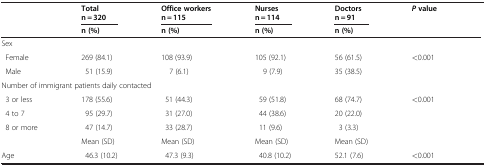
<table><thead><tr><td><b> </b></td><td><b>Total n = 320</b></td><td><b>Office workers n = 115</b></td><td><b>Nurses n = 114</b></td><td><b>Doctors n = 91</b></td><td><b><i>P</i> value</b></td></tr><tr><td><b> </b></td><td><b>n (%)</b></td><td><b>n (%)</b></td><td><b>n (%)</b></td><td><b>n (%)</b></td><td><b> </b></td></tr></thead><tbody><tr><td>Sex</td><td> </td><td> </td><td> </td><td> </td><td> </td></tr><tr><td> Female</td><td>269 (84.1)</td><td>108 (93.9)</td><td>105 (92.1)</td><td>56 (61.5)</td><td>&lt;0.001</td></tr><tr><td> Male</td><td>51 (15.9)</td><td>7 (6.1)</td><td>9 (7.9)</td><td>35 (38.5)</td><td></td></tr><tr><td colspan="6">Number of immigrant patients daily contacted</td></tr><tr><td> 3 or less</td><td>178 (55.6)</td><td>51 (44.3)</td><td>59 (51.8)</td><td>68 (74.7)</td><td>&lt;0.001</td></tr><tr><td> 4 to 7</td><td>95 (29.7)</td><td>31 (27.0)</td><td>44 (38.6)</td><td>20 (22.0)</td><td></td></tr><tr><td> 8 or more</td><td>47 (14.7)</td><td>33 (28.7)</td><td>11 (9.6)</td><td>3 (3.3)</td><td></td></tr><tr><td> </td><td>Mean (SD)</td><td>Mean (SD)</td><td>Mean (SD)</td><td>Mean (SD)</td><td> </td></tr><tr><td>Age</td><td>46.3 (10.2)</td><td>47.3 (9.3)</td><td>40.8 (10.2)</td><td>52.1 (7.6)</td><td>&lt;0.001</td></tr></tbody></table>